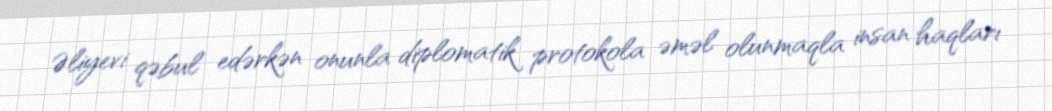
Əliyevi qəbul edərkən onunla diplomatik protokola əməl olunmaqla insan haqları